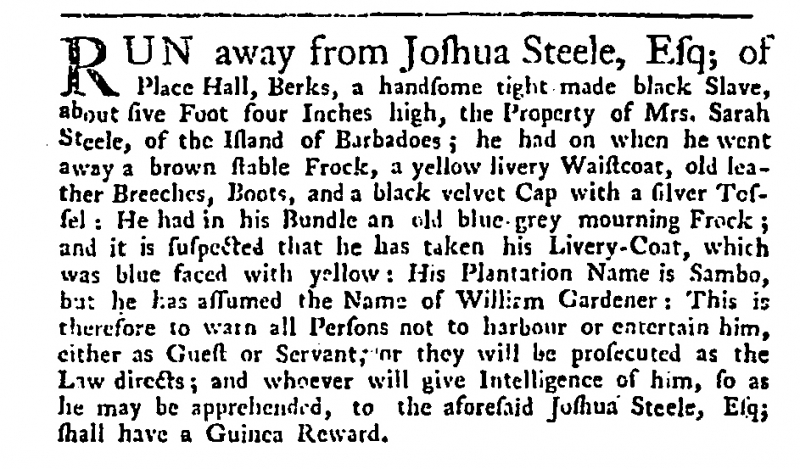
Covent Garden Journal, 25 January 1752 (England)
RUN away from Joshua Steele, Esq; of Place Hall, Berks, a handsome tight-made black Slave, about five Foot four Inches high, the Property of Mrs. Sarah Steele, of the Island of Barbadoes; he had on when he went away a brown stable Frock, a yellow livery Waistcoat, old leather Breeches, Boots, and a black velvet Cap with a silver Tossel: He had in his Bundle an old blue-grey mourning Frock; and it is suspected that he has taken his Livery-Coat, which was blue faced with yellow: His Plantation Name is Sambo, but he has assumed the Name of William Gardener: This is therefore to warn all Persons not to harbour or entertain him, either as Guest or Servant, or they will be prosecuted as the Law directs; and whoever will give Intelligence of him, so as he may be apprehended, to the aforesaid Joshua Steele, Esq; shall have a Guinea Reward.